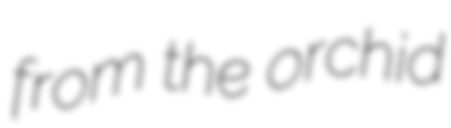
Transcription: from the orchid